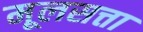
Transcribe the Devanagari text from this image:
मूलसत्ता